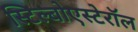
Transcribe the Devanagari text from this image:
स्टिल्बोएस्टेरॉल